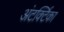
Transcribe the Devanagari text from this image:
अंटर्क्टिका